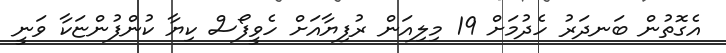
އެގޮތުން ބަނދަރު ހެދުމަށް 19 މިލިއަން ރުފިޔާއަށް ހެވީފޯސް ކިޔާ ކުންފުންޏަކާ ވަނީ